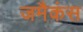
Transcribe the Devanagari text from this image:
जमैकंस